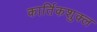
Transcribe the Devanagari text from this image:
कार्तिकशुक्ल